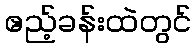
ဧည့်ခန်းထဲတွင်